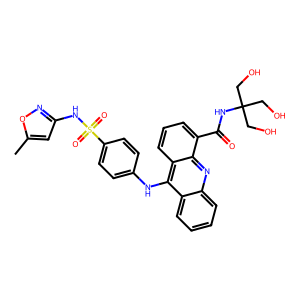
SMILES: Cc1cc(NS(=O)(=O)c2ccc(Nc3c4ccccc4nc4c(C(=O)NC(CO)(CO)CO)cccc34)cc2)no1
Inhibits HIV replication: No